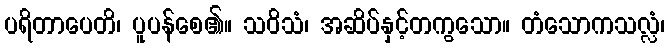
ပရိတာပေတိ၊ ပူပန်စေ၏။ သဝိသံ၊ အဆိပ်နှင့်တကွသော။ တံသောကသလ္လံ၊